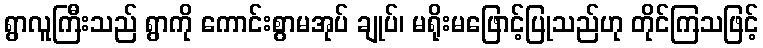
ရွာလူကြီးသည် ရွာကို ကောင်းစွာမအုပ် ချုပ်၊ မရိုးမဖြောင့်ပြုသည်ဟု တိုင်ကြသဖြင့်